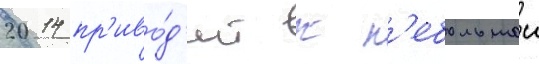
2014 пр'иво́д'ит к н'ебольшои